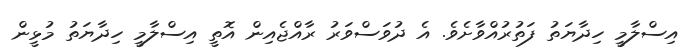
އިސްލާމީ ހިދާޔަތު ފަތުރުއްވާށެވެ. އެ ދުވަސްވަރު ރާއްޖެއިން އޮތީ އިސްލާމީ ހިދާޔަތު މުޅީން